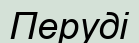
Перуді